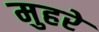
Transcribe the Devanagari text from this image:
मुहरे